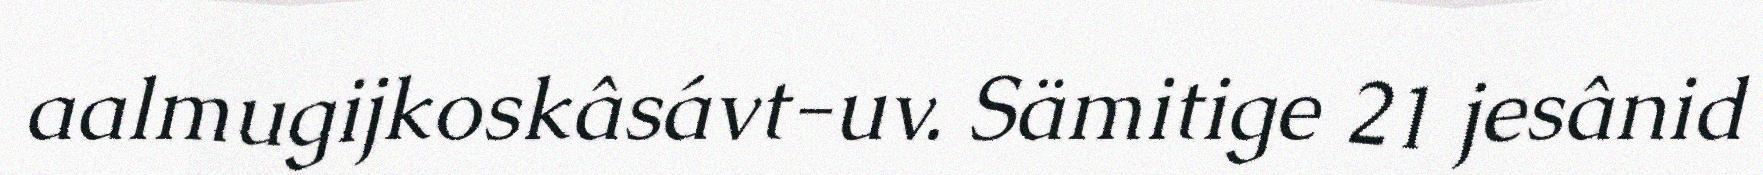
aalmugijkoskâsávt-uv. Sämitige 21 jesânid